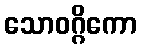
သောဝဂ္ဂိကော